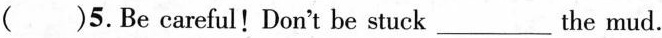
( )5. Be careful! Don't be stuck ___ the mud.